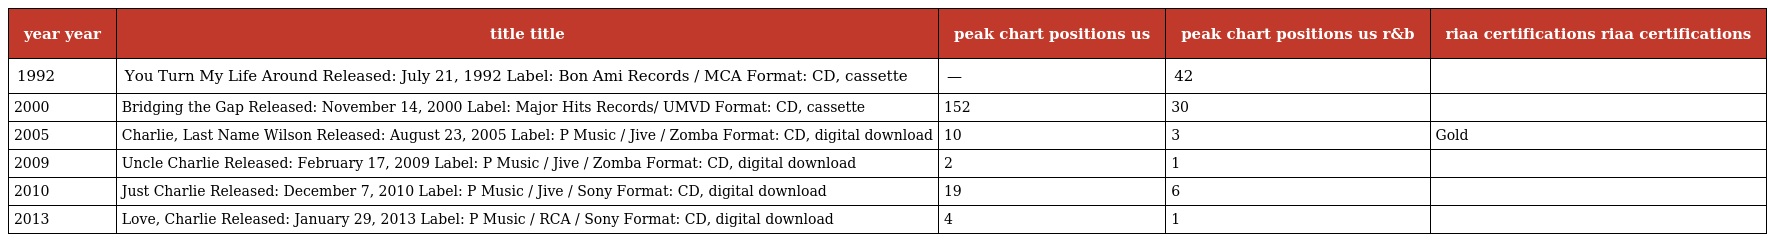
| year year | title title | peak chart positions us | peak chart positions us r&b | riaa certifications riaa certifications |
 | --- | --- | --- | --- | --- |
 | 1992 | You Turn My Life Around Released: July 21, 1992 Label: Bon Ami Records / MCA Format: CD, cassette | — | 42 |  |
 | 2000 | Bridging the Gap Released: November 14, 2000 Label: Major Hits Records/ UMVD Format: CD, cassette | 152 | 30 |  |
 | 2005 | Charlie, Last Name Wilson Released: August 23, 2005 Label: P Music / Jive / Zomba Format: CD, digital download | 10 | 3 | Gold |
 | 2009 | Uncle Charlie Released: February 17, 2009 Label: P Music / Jive / Zomba Format: CD, digital download | 2 | 1 |  |
 | 2010 | Just Charlie Released: December 7, 2010 Label: P Music / Jive / Sony Format: CD, digital download | 19 | 6 |  |
 | 2013 | Love, Charlie Released: January 29, 2013 Label: P Music / RCA / Sony Format: CD, digital download | 4 | 1 |  |